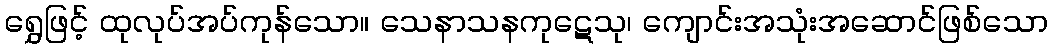
ရွှေဖြင့် ထုလုပ်အပ်ကုန်သော။ သေနာသနကုဋေသု၊ ကျောင်းအသုံးအဆောင်ဖြစ်သော